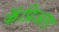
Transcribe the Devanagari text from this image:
कॅप्रिअल